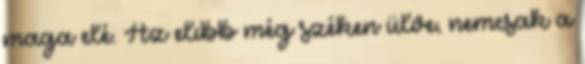
maga elé. Az elıbb még széken ülve, nemcsak a